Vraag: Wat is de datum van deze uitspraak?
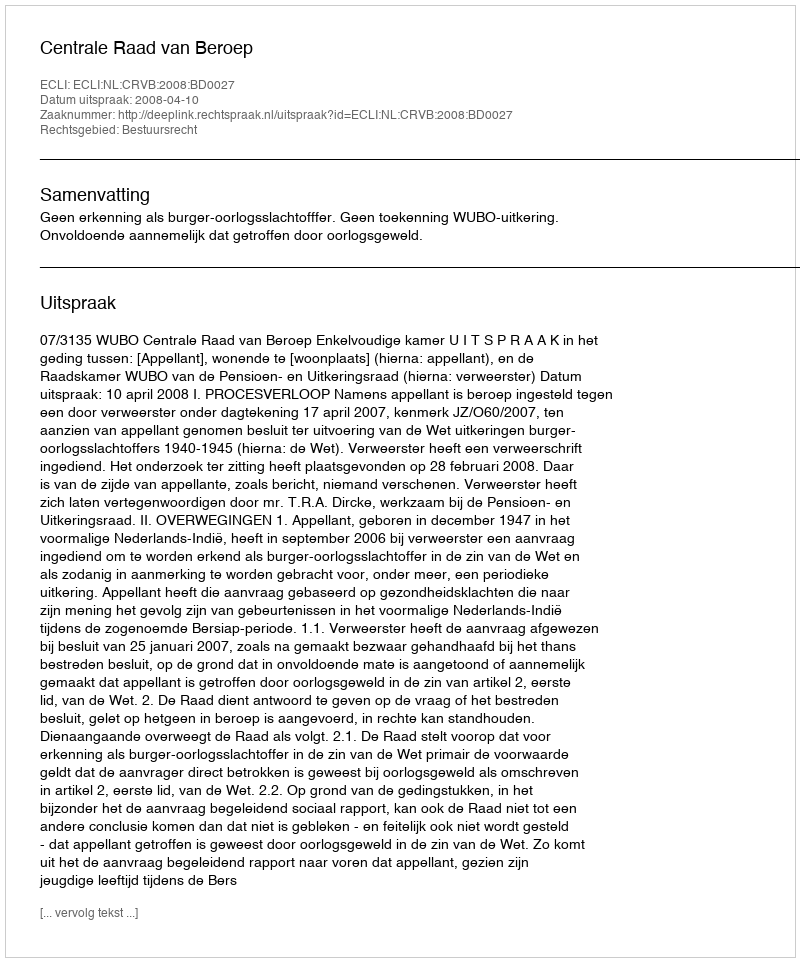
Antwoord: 2008-04-10